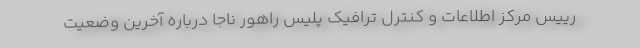
رییس مرکز اطلاعات و کنترل ترافیک پلیس راهور ناجا درباره آخرین وضعیت